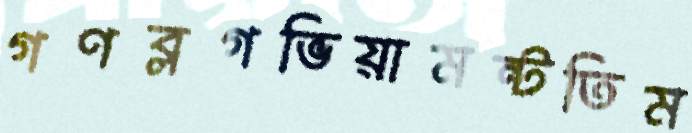
গণব্লগভিয়ামন্টতিম